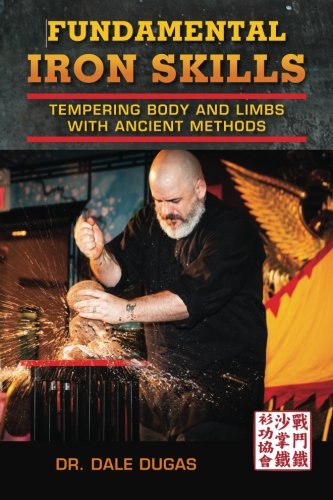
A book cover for Fundamental Iron Skills: Tempering Body and Limbs with Ancient Methods; Dale Dugas; Sports & Outdoors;